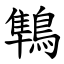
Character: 鶽